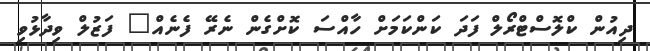
ދިއުން ކްލޮސްޓްރޯލް ފަދަ ކަންކަމަށް ހާއްސަ ކޮށްގެން ނެރޭ ފެނެއް" ފަޒުލް ވިދާޅުވި